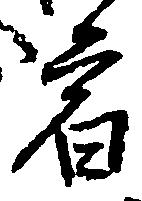
宿